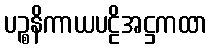
ပဉ္စနိကာယပဠိအဋ္ဌကထာ